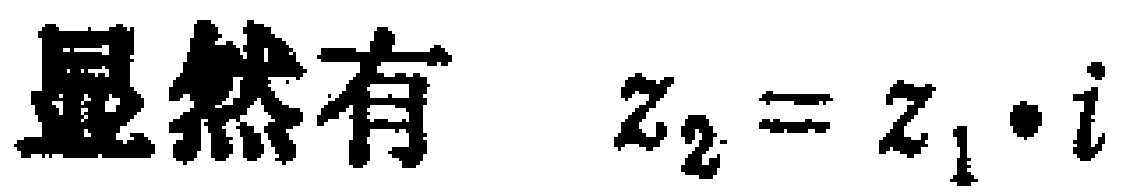
显然有 \(z_{2}=z_{1}\cdot i\)